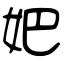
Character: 妑